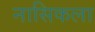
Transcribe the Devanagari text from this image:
नासिकला